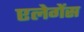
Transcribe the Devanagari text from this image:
एलेगेंस